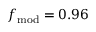
f _ { \mathrm { m o d } } = 0 . 9 6